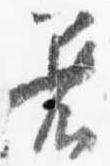
着